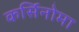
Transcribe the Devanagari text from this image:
कर्सिनोमा